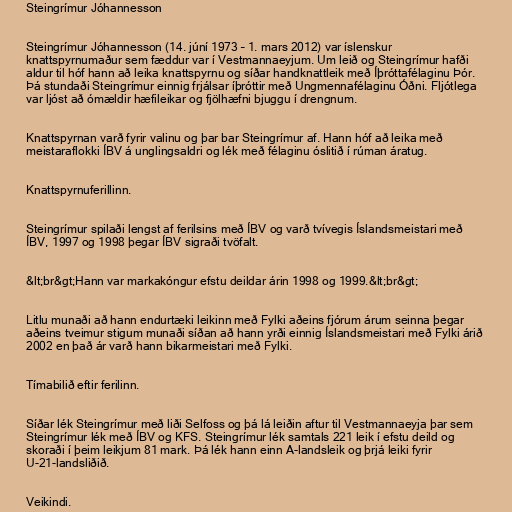
Steingrímur Jóhannesson

Steingrímur Jóhannesson (14. júní 1973 – 1. mars 2012) var íslenskur
knattspyrnumaður sem fæddur var í Vestmannaeyjum. Um leið og Steingrímur hafði
aldur til hóf hann að leika knattspyrnu og síðar handknattleik með Íþróttafélaginu Þór.
Þá stundaði Steingrímur einnig frjálsar íþróttir með Ungmennafélaginu Óðni. Fljótlega
var ljóst að ómældir hæfileikar og fjölhæfni bjuggu í drengnum.

Knattspyrnan varð fyrir valinu og þar bar Steingrímur af. Hann hóf að leika með
meistaraflokki ÍBV á unglingsaldri og lék með félaginu óslitið í rúman áratug.

Knattspyrnuferillinn.

Steingrímur spilaði lengst af ferilsins með ÍBV og varð tvívegis Íslandsmeistari með
ÍBV, 1997 og 1998 þegar ÍBV sigraði tvöfalt.

&lt;br&gt;Hann var markakóngur efstu deildar árin 1998 og 1999.&lt;br&gt;

Litlu munaði að hann endurtæki leikinn með Fylki aðeins fjórum árum seinna þegar
aðeins tveimur stigum munaði síðan að hann yrði einnig Íslandsmeistari með Fylki árið
2002 en það ár varð hann bikarmeistari með Fylki.

Tímabilið eftir ferilinn.

Síðar lék Steingrímur með liði Selfoss og þá lá leiðin aftur til Vestmannaeyja þar sem
Steingrímur lék með ÍBV og KFS. Steingrímur lék samtals 221 leik í efstu deild og
skoraði í þeim leikjum 81 mark. Þá lék hann einn A-landsleik og þrjá leiki fyrir
U-21-landsliðið.

Veikindi.